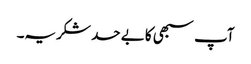
آپ سبھی کا بے حد شکریہ۔